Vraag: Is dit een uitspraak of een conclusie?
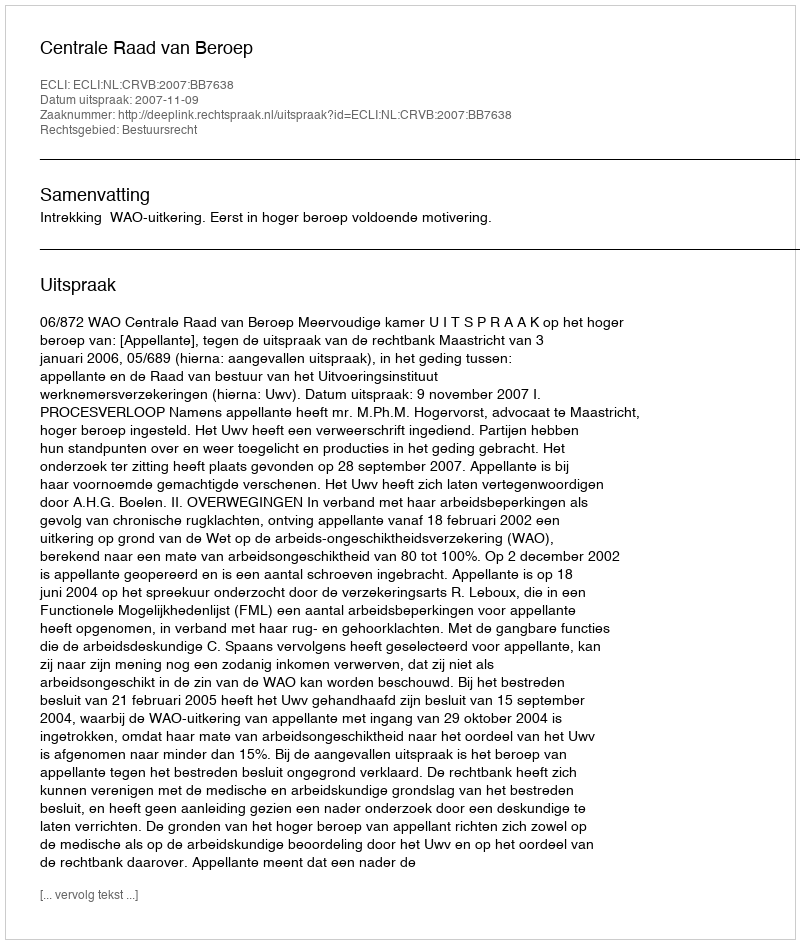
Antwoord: Uitspraak